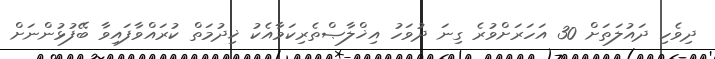
ދިވެހި ދައުލަތަށް 30 އަހަރަށްވުރެ ގިނަ ދުވަހު އިޚްލާޞްތެރިކަމާއެކު ޚިދުމަތް ކުރައްވާފައިވާ ބޭފުޅުންނަށް